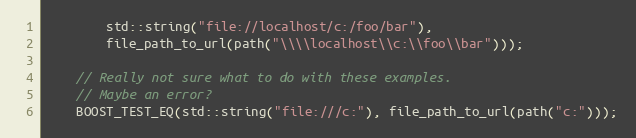
Language: C++
        std::string("file://localhost/c:/foo/bar"),
        file_path_to_url(path("\\\\localhost\\c:\\foo\\bar")));

    // Really not sure what to do with these examples.
    // Maybe an error?
    BOOST_TEST_EQ(std::string("file:///c:"), file_path_to_url(path("c:")));